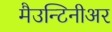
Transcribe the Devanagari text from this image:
मैउन्टिनीअर